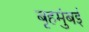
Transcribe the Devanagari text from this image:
बृहमुंबई